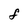
Character: F